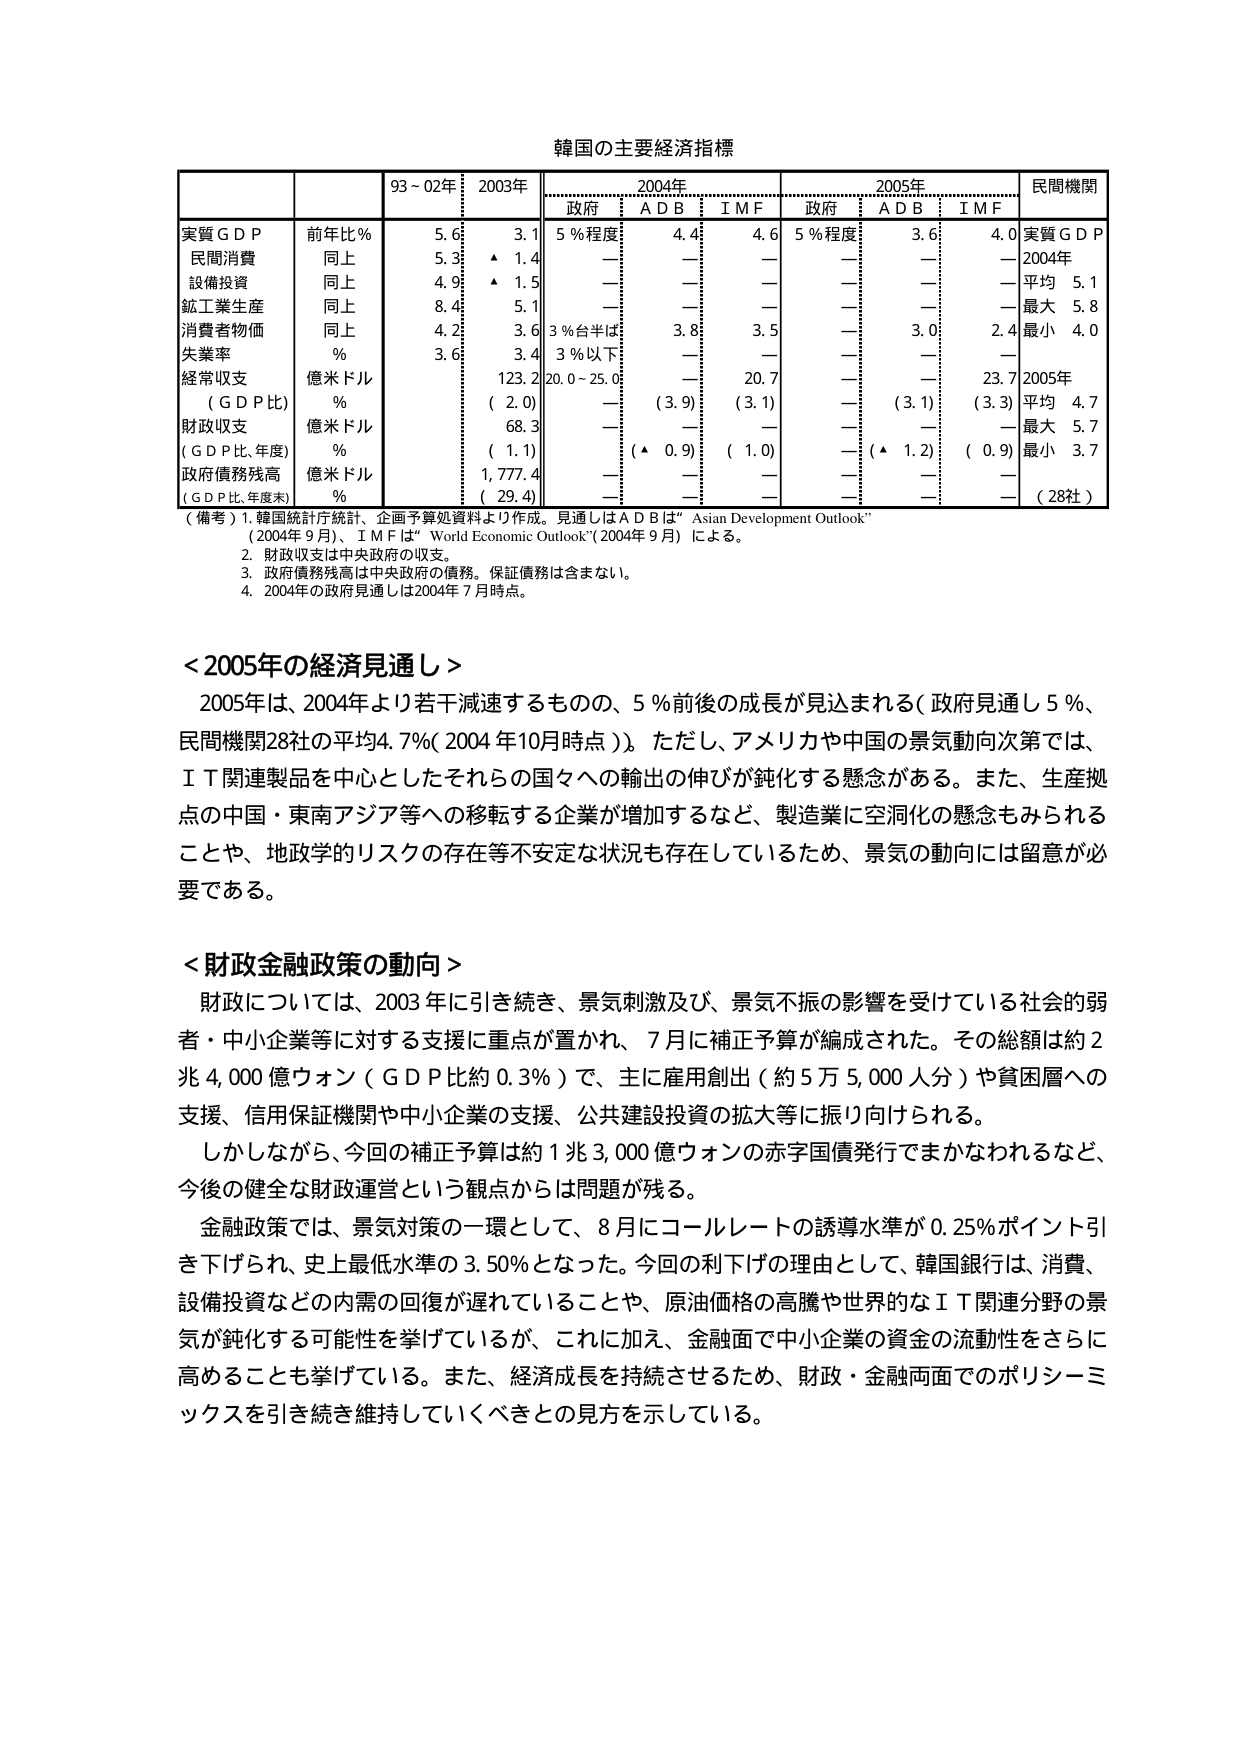
韓国の主要経済指標

| | | 93～02年 | 2003年 | 2004年 | 2005年 | 民間機関 |
|---|---|---|---|---|---|---|
| | | | | 政府 | A D B | I M F | 政府 | A D B | I M F | |
| 実質ＧＤＰ | 前年比％ | 5.6 | 3.1 | 5％程度 | 4.4 | 4.6 | 5％程度 | 3.6 | 4.0 | 実質ＧＤＰ |
| 民間消費 | 同上 | 5.3 | ▲ 1.4 | — | — | — | — | — | — | 2004年 |
| 設備投資 | 同上 | 4.9 | ▲ 1.5 | — | — | — | — | — | — | 平均 5.1 |
| 鉱工業生産 | 同上 | 8.4 | 5.1 | — | — | — | — | — | — | 最大 5.8 |
| 消費者物価 | 同上 | 4.2 | 3.6 | 3％台半ば | 3.8 | 3.5 | — | 3.0 | 2.4 | 最小 4.0 |
| 失業率 | ％ | 3.6 | 3.4 | 3％以下 | — | — | — | — | — | — |
| 経常収支 | 億米ドル | | 123.2 | 20.0～25.0 | — | 20.7 | — | — | 23.7 | 2005年 |
| （ＧＤＰ比） | ％ | | （2.0） | — | （3.9） | （3.1） | — | （3.1） | （3.3） | 平均 4.7 |
| 財政収支 | 億米ドル | | 68.3 | — | — | — | — | — | — | 最大 5.7 |
| （ＧＤＰ比、年度） | ％ | | （1.1） | — | （▲ 0.9） | （1.0） | — | （▲ 1.2） | （0.9） | 最小 3.7 |
| 政府債務残高 | 億米ドル | | 1,777.4 | — | — | — | — | — | — | — |
| （ＧＤＰ比、年度末） | ％ | | （29.4） | — | — | — | — | — | — | （28社） |

（備考）1. 韓国統計庁統計、企画予算処資料より作成。見通しはＡＤＢは“ Asian Development Outlook”（2004年9月）、ＩＭＦは“ World Economic Outlook”（2004年9月）による。
2. 財政収支は中央政府の収支。
3. 政府債務残高は中央政府の債務。保証債務は含まない。
4. 2004年の政府見通しは2004年7月時点。

＜2005年の経済見通し＞
2005年は、2004年より若干減速するものの、5％前後の成長が見込まれる（政府見通し5％、民間機関28社の平均4.7％（2004年10月時点））。ただし、アメリカや中国の景気動向次第では、ＩＴ関連製品を中心としたそれらの国々への輸出の伸びが鈍化する懸念がある。また、生産拠点の中国・東南アジア等への移転する企業が増加するなど、製造業に空洞化の懸念もみられることや、地政学的リスクの存在等不安定な状況も存在しているため、景気の動向には留意が必要である。

＜財政金融政策の動向＞
財政については、2003年に引き続き、景気刺激及び、景気不振の影響を受けている社会的弱者・中小企業等に対する支援に重点が置かれ、7月に補正予算が編成された。その総額は約2兆4,000億ウォン（ＧＤＰ比約0.3％）で、主に雇用創出（約5万5,000人分）や貧困層への支援、信用保証機関や中小企業の支援、公共建設投資の拡大等に振り向けられる。
しかしながら、今回の補正予算は約1兆3,000億ウォンの赤字国債発行でまかなわれるなど、今後の健全な財政運営という観点からは問題が残る。
金融政策では、景気対策の一環として、8月にコールレートの誘導水準が0.25％ポイント引き下げられ、史上最低水準の3.50％となった。今回の利下げの理由として、韓国銀行は、消費、設備投資などの内需の回復が遅れていることや、原油価格の高騰や世界的なＩＴ関連分野の景気が鈍化する可能性を挙げているが、これに加え、金融面で中小企業の資金の流動性をさらに高めることも挙げている。また、経済成長を持続させるため、財政・金融両面でのポリシーミックスを引き続き維持していくべきとの見方を示している。